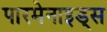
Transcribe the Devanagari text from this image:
पारमेनाइड्स